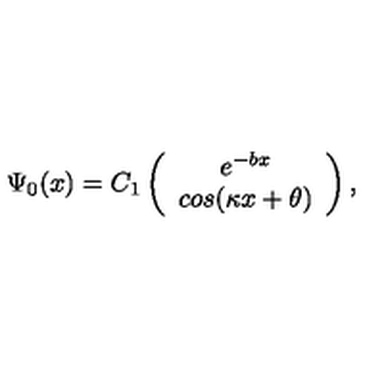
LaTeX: \Psi _ { 0 } ( x ) = C _ { 1 } \left( \begin{array} { c } { e ^ { - b x } } \\ { c o s ( \kappa x + \theta ) } \\ \end{array} \right) ,